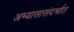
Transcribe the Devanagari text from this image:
अभ्यासासंदर्भात